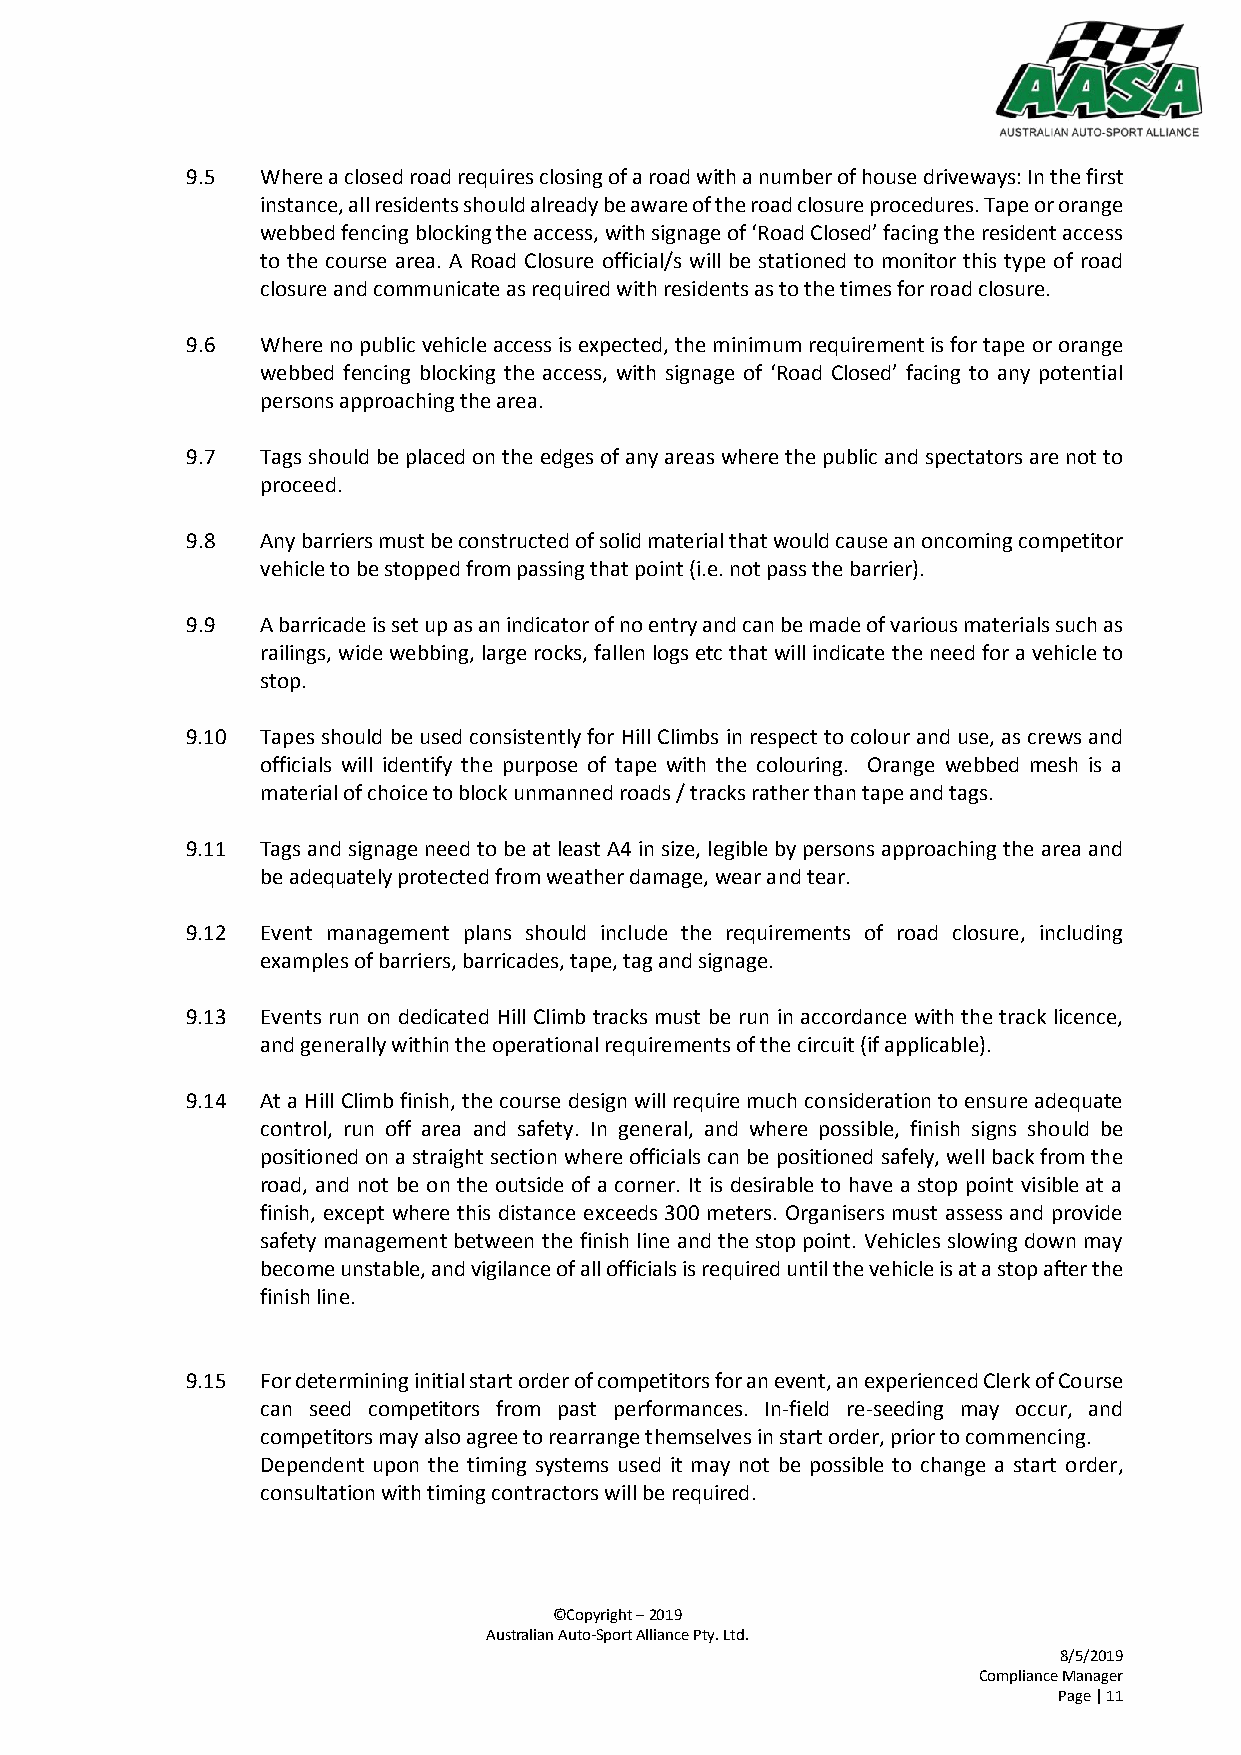
9.5  Where a closed road requires closing of a road with a number of house driveways: In the first
 instance, all residents should already be aware of the road closure procedures. Tape or orange
 webbed fencing blocking the access, with signage of ‘Road Closed’ facing the resident access
 to the course area. A Road Closure official/s will be stationed to monitor this type of road
 closure and communicate as required with residents as to the times for road closure.
 9.6  Where no public vehicle access is expected, the minimum requirement is for tape or orange
 webbed fencing blocking the access, with signage of ‘Road Closed’ facing to any potential
 persons approaching the area.
 9.7  Tags should be placed on the edges of any areas where the public and spectators are not to
 proceed.
 9.8  Any barriers must be constructed of solid material that would cause an oncoming competitor
 vehicle to be stopped from passing that point (i.e. not pass the barrier).
 9.9  A barricade is set up as an indicator of no entry and can be made of various materials such as
 railings, wide webbing, large rocks, fallen logs etc that will indicate the need for a vehicle to
 stop.
 9.10 Tapes should be used consistently for Hill Climbs in respect to colour and use, as crews and
 officials will identify the purpose of tape with the colouring. Orange webbed mesh is a
 material of choice to block unmanned roads / tracks rather than tape and tags.
 9.11 Tags and signage need to be at least A4 in size, legible by persons approaching the area and
 be adequately protected from weather damage, wear and tear.
 9.12 Event management plans should include the requirements of road closure, including
 examples of barriers, barricades, tape, tag and signage.
 9.13 Events run on dedicated Hill Climb tracks must be run in accordance with the track licence,
 and generally within the operational requirements of the circuit (if applicable).
 9.14 At a Hill Climb finish, the course design will require much consideration to ensure adequate
 control, run off area and safety. In general, and where possible, finish signs should be
 positioned on a straight section where officials can be positioned safely, well back from the
 road, and not be on the outside of a corner. It is desirable to have a stop point visible at a
 finish, except where this distance exceeds 300 meters. Organisers must assess and provide
 safety management between the finish line and the stop point. Vehicles slowing down may
 become unstable, and vigilance of all officials is required until the vehicle is at a stop after the
 finish line.
 9.15 For determining initial start order of competitors for an event, an experienced Clerk of Course
 can seed competitors from past performances. In-field re-seeding may occur, and
 competitors may also agree to rearrange themselves in start order, prior to commencing.
 Dependent upon the timing systems used it may not be possible to change a start order,
 consultation with timing contractors will be required.
 ©Copyright – 2019
 Australian Auto-Sport Alliance Pty. Ltd.
 8/5/2019
 Compliance Manager
 Page | 11